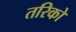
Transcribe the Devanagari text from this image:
तरिको